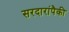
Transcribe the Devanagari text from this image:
सरदारांपैकी